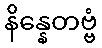
နိန္နေတဗ္ဗံ